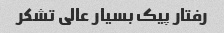
رفتار پیک بسیار عالی تشکر